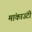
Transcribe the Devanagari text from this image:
मांकाउंटी